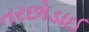
તરછોડાઈ